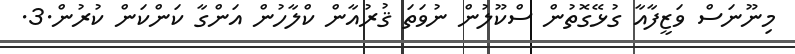
މިނޫނަސް ވަޒީފާއާ ގުޅޭގޮތުން ސްކޫލުން ނުވަތަ ޤުރުއާން ކްލާހުން އަންގާ ކަންކަން ކުރުން.3.